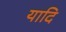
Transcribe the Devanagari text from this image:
यादि